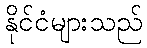
နိုင်ငံများသည်